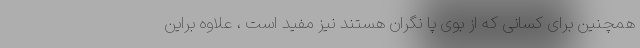
همچنین برای کسانی که از بوی پا نگران هستند نیز مفید است ، علاوه براین